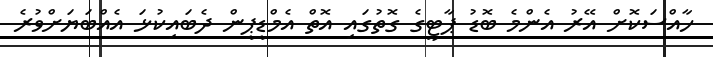
ހާއްސަކޮށް އޭރު އެންމެ ބޮޑު ޕާޓީގެ ގޮތުގައި އޮތް އެމްޑީޕީން ދެބައިކުޅަ އެއްބަޔަށްވުރެ